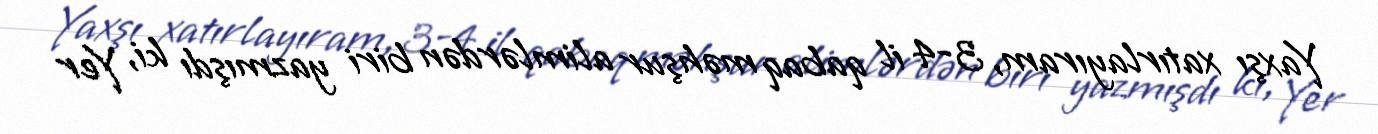
Yaxşı xatırlayıram, 3-4 il qabaq məhşur alimlərdən biri yazmışdı ki, Yer